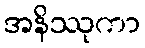
အနိဿုကာ